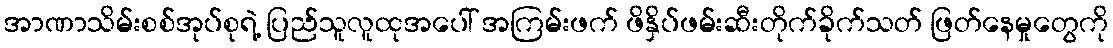
အာဏာသိမ်းစစ်အုပ်စုရဲ့ ပြည်သူလူထုအပေါ် အကြမ်းဖက် ဖိနှိပ်ဖမ်းဆီးတိုက်ခိုက်သတ် ဖြတ်နေမှုတွေကို